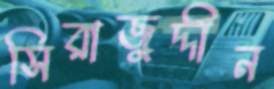
সিরাজুদ্দীন